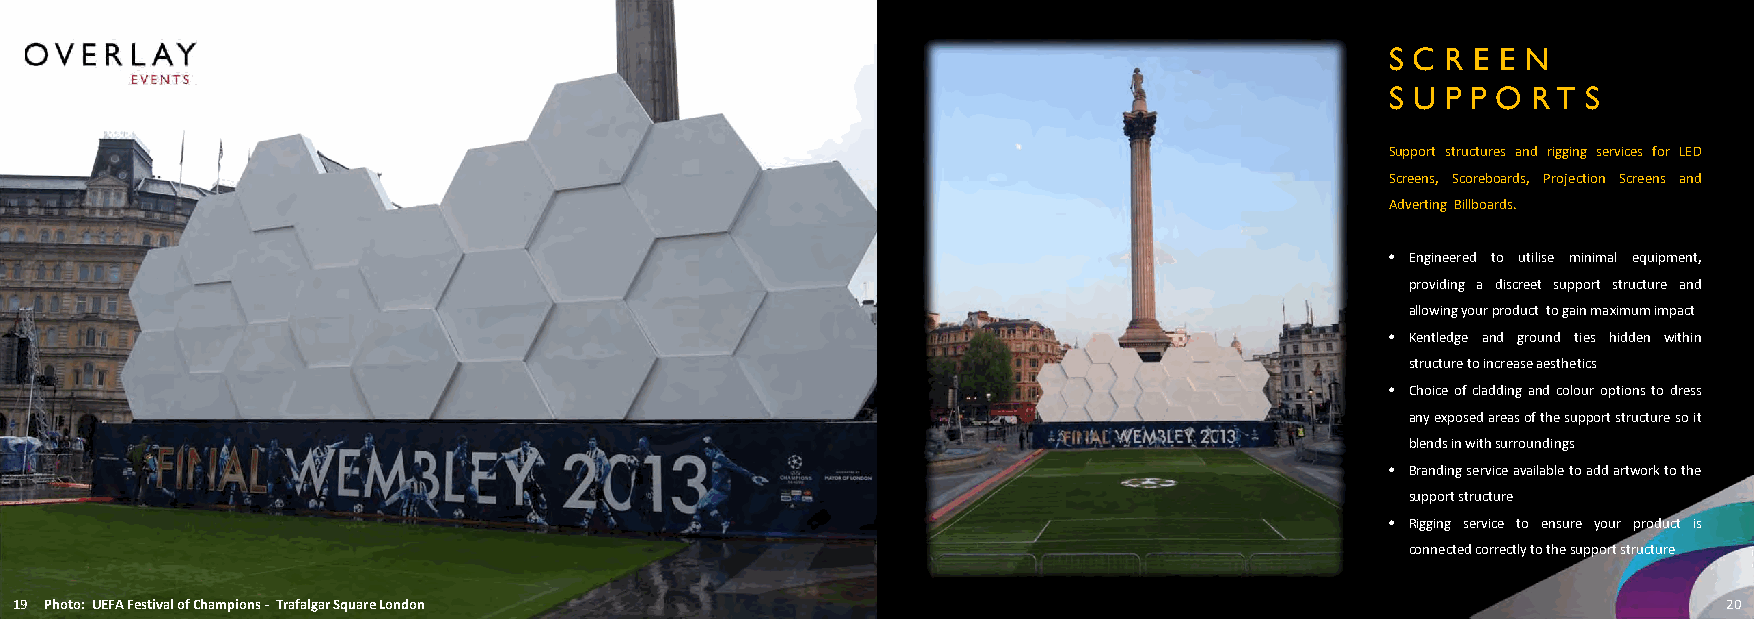
S C R E E N
 S U P P O R T S
 Support structures and rigging services for LED
 Screens, Scoreboards, Projection Screens and
 Adverting Billboards.
 • Engineered to utilise minimal equipment,
 providing a discreet support structure and
 allowingyourproduct togainmaximumimpact
 • Kentledge and ground ties hidden within
 structuretoincreaseaesthetics
 • Choiceofcladdingandcolouroptionstodress
 anyexposedareasofthesupportstructuresoit
 blendsinwithsurroundings
 • Brandingserviceavailabletoaddartworktothe
 supportstructure
 • Rigging service to ensure your product is
 connectedcorrectlytothesupportstructure
 19 Photo: UEFA Festival of Champions ‐ Trafalgar Square London                                                   20